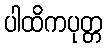
ပါထိကပုတ္တ